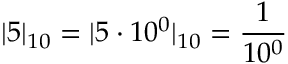
| 5 | _ { 1 0 } = | 5 \cdot 1 0 ^ { 0 } | _ { 1 0 } = { \frac { 1 } { 1 0 ^ { 0 } } }